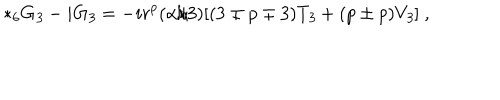
{ * _ { 6 } } G _ { \it 3 } - i G _ { \it 3 } = - i r ^ { p } ( \alpha / 3 ) [ ( 3 \mp p \mp 3 ) T _ { \it 3 } + ( p \pm p ) V _ { \it 3 } ] \ ,